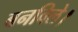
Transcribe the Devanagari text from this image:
बनविले।